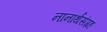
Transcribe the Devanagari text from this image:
नानार्थसंग्रह